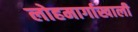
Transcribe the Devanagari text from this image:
लोहमार्गाखाली